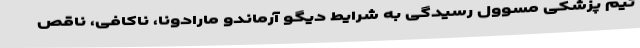
تیم پزشکی مسوول رسیدگی به شرایط دیگو آرماندو مارادونا، ناکافی، ناقص